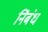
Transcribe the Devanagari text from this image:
निंबंध